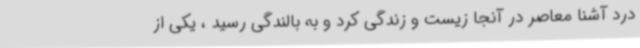
درد آشنا معاصر در آنجا زیست و زندگی کرد و به بالندگی رسید ، یکی از